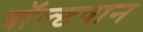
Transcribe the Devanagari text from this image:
वॉल्ष्टषान